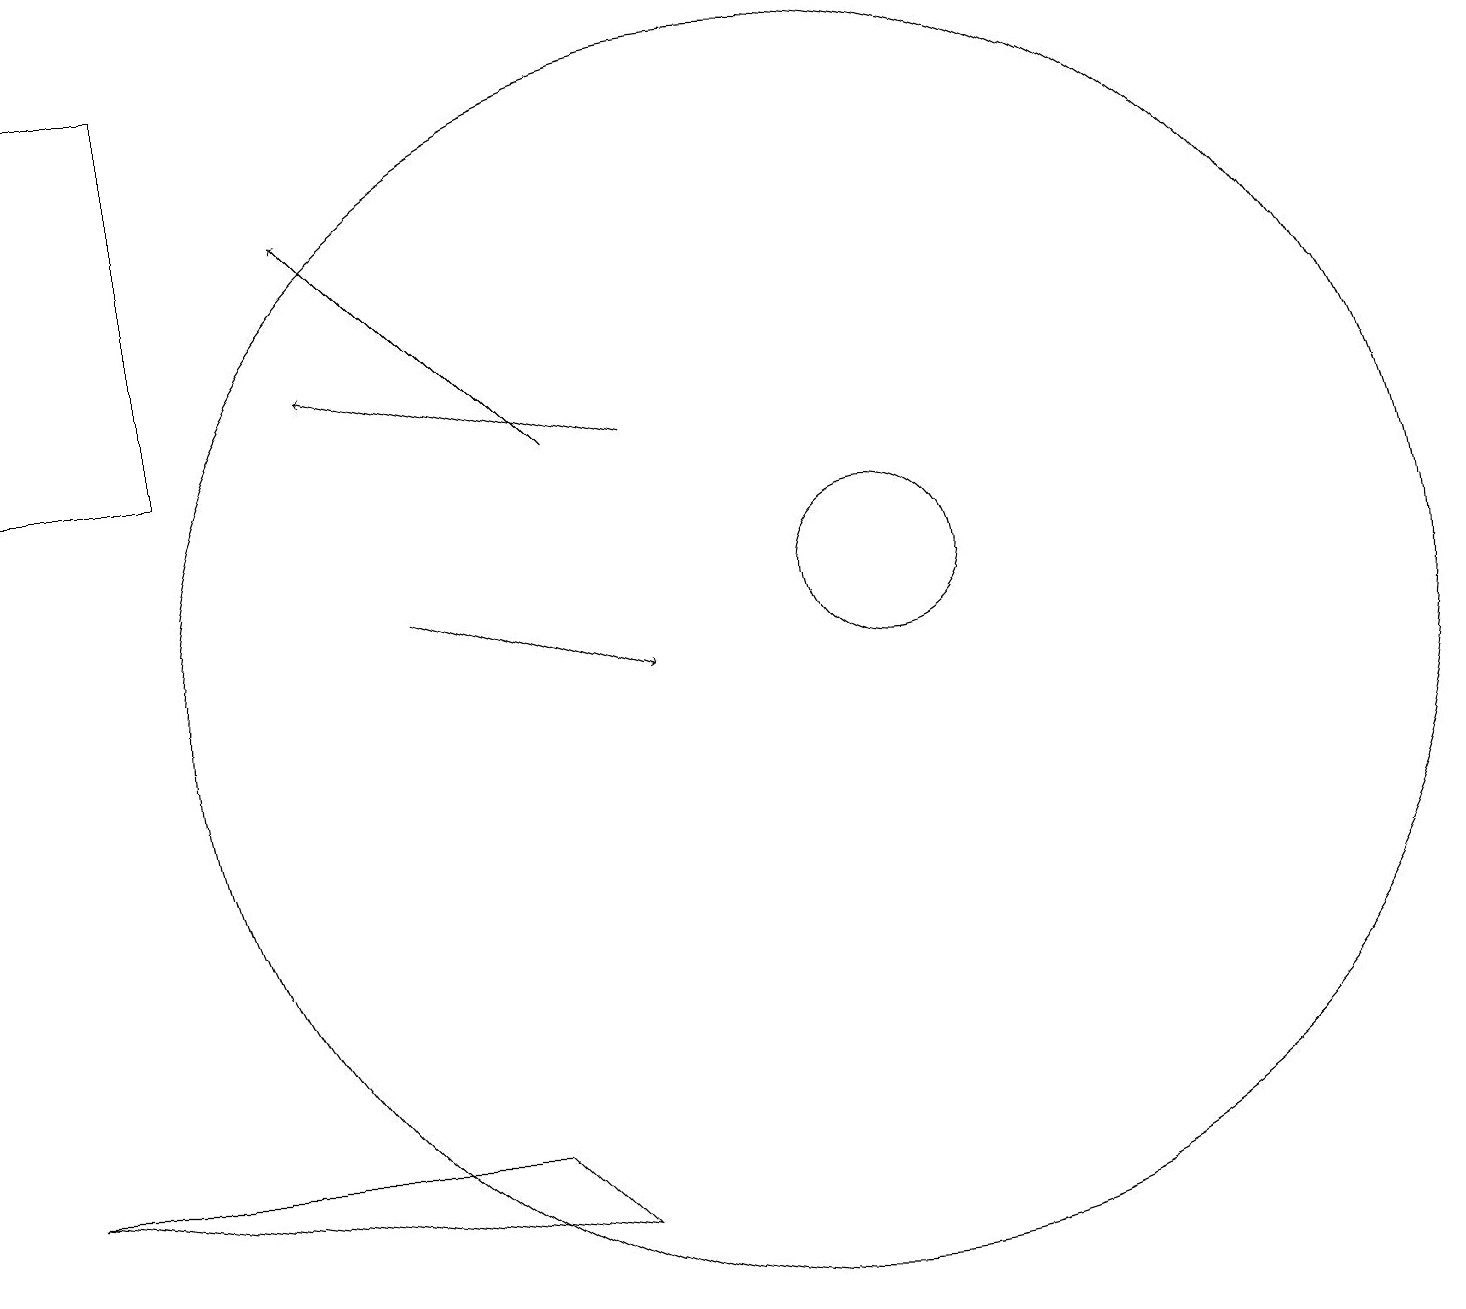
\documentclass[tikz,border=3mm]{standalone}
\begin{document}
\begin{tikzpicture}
\draw (8,3) -- (7,4) -- (1,4) -- cycle;
\draw[->] (6,11) -- (9,10);
\draw[->] (9,13) -- (5,14);
\draw (12,11) circle (1);
\draw (3,18) rectangle (1,13);
\draw[->] (8,13) -- (5,16);
\draw (7,11) rectangle (7,11);
\draw (11,10) circle (8);
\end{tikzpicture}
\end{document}